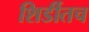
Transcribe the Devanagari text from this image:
शिर्डीतच